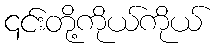
၎င်းတို့ကိုယ်ကိုယ်